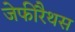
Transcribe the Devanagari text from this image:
जेफीरैथस